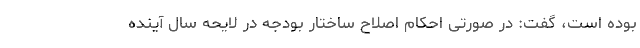
بوده است، گفت:‌ در صورتی احکام اصلاح ساختار بودجه در لایحه سال آینده